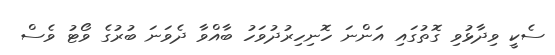
ސެކީ ވިދާޅުވި ގޮތުގައި އަންނަ ހޮނިހިރުދުވަހު ބާއްވާ ދެވަނަ ބުރުގެ ވޯޓު ވެސް